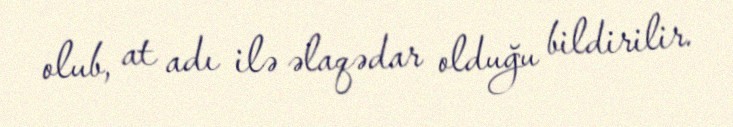
olub, at adı ilə əlaqədar olduğu bildirilir.